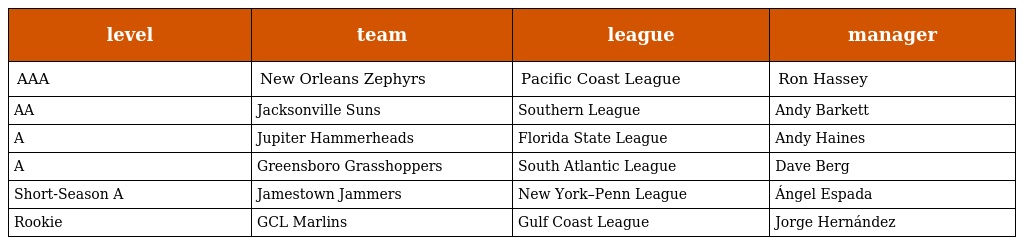
| level | team | league | manager |
 | --- | --- | --- | --- |
 | AAA | New Orleans Zephyrs | Pacific Coast League | Ron Hassey |
 | AA | Jacksonville Suns | Southern League | Andy Barkett |
 | A | Jupiter Hammerheads | Florida State League | Andy Haines |
 | A | Greensboro Grasshoppers | South Atlantic League | Dave Berg |
 | Short-Season A | Jamestown Jammers | New York–Penn League | Ángel Espada |
 | Rookie | GCL Marlins | Gulf Coast League | Jorge Hernández |